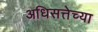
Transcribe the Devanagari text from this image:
अधिसत्तेच्या